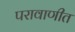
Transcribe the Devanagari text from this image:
परावाणीत